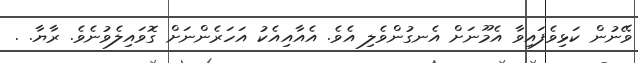
ވޭނުން ކަޅިވެފައިވާ އެމޫނަށް އެނގުންވެލި އެވެ. އެއާއިއެކު އަހަރެންނަށް ގޮވައިލެވުނެވެ. ރާޔާ. .